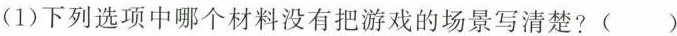
(1)下列选项中哪个材料没有把游戏的场景写清楚?( )